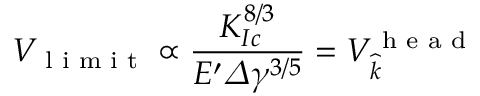
V _ { \textrm { l i m i t } } \propto \frac { K _ { I c } ^ { 8 / 3 } } { E ^ { \prime } \varDelta \gamma ^ { 3 / 5 } } = V _ { \widehat { k } } ^ { \textrm { h e a d } }